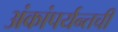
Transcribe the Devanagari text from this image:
अंकांपर्यन्तची